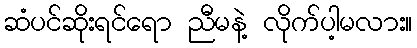
ဆံပင်ဆိုးရင်ရော ညီမနဲ့ လိုက်ပါ့မလား။